Scottish Certificate of Education, 1962
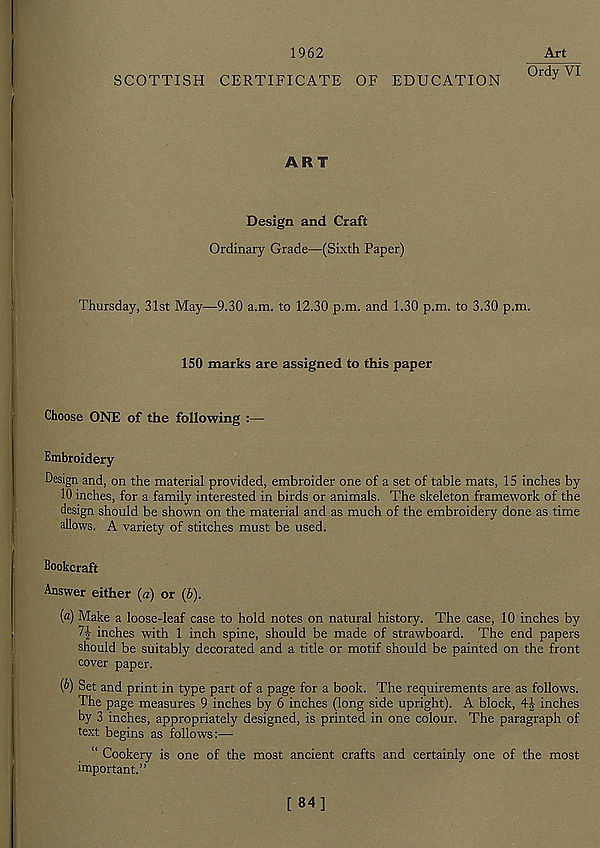
1962
Art
Ordy VI
SCOTTISH CERTIFICATE OF EDUCATION
ART
Design and Craft
Ordinary Grade—(Sixth Paper)
Thursday, 31st May—9.30 a.m. to 12.30 p.m. and 1.30 p.m. to 3.30 p.m.
150 marks are assigned to this paper
Choose ONE of the following :—
Embroidery
Design and, on the material provided, embroider one of a set of table mats, 15 inches by
10 inches, for a family interested in birds or animals. The skeleton framework of the
design should be shown on the material and as much of the embroidery done as time
allows. A variety of stitches must be used.
Bookcraft
Answer either (a) or (b).
{a) Make a loose-leaf case to hold notes on natural history. The case, 10 inches by
7-} inches with 1 inch spine, should be made of strawboard. The end papers
should be suitably decorated and a title or motif should be painted on the front
cover paper.
(6) Set and print in type part of a page for a book. The requirements are as follows.
The page measures 9 inches by 6 inches (long side upright). A block, 44 inches
by 3 inches, appropriately designed, is printed in one colour. The paragraph of
text begins as follows:—
“ Cookery is one of the most ancient crafts and certainly one of the most
important.”
[84]